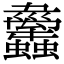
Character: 𧕱